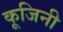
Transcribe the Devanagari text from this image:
कूजिनी